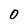
Character: 0